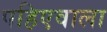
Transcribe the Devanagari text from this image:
पहिएवाला